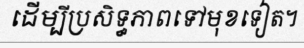
ដើម្បីប្រសិទ្ធភាពទៅមុខទៀត។